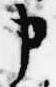
申